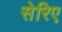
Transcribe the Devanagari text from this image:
सेरिए